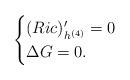
LaTeX: \begin{align*}\begin{cases}(Ric)'_{h^{(4)}}=0\\\Delta G=0.\end{cases}\end{align*}